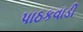
પાઠકવાડી